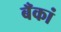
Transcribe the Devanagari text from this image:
बँकां